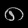
Digit: ၈